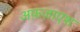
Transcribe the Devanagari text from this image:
अफ़ज़ाएश